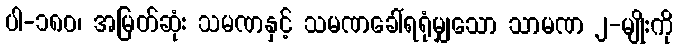
ပါ-၁၈၀၊ အမြတ်ဆုံး သမဏနှင့် သမဏခေါ်ရရုံမျှသော သာမဏ ၂-မျိုးကို